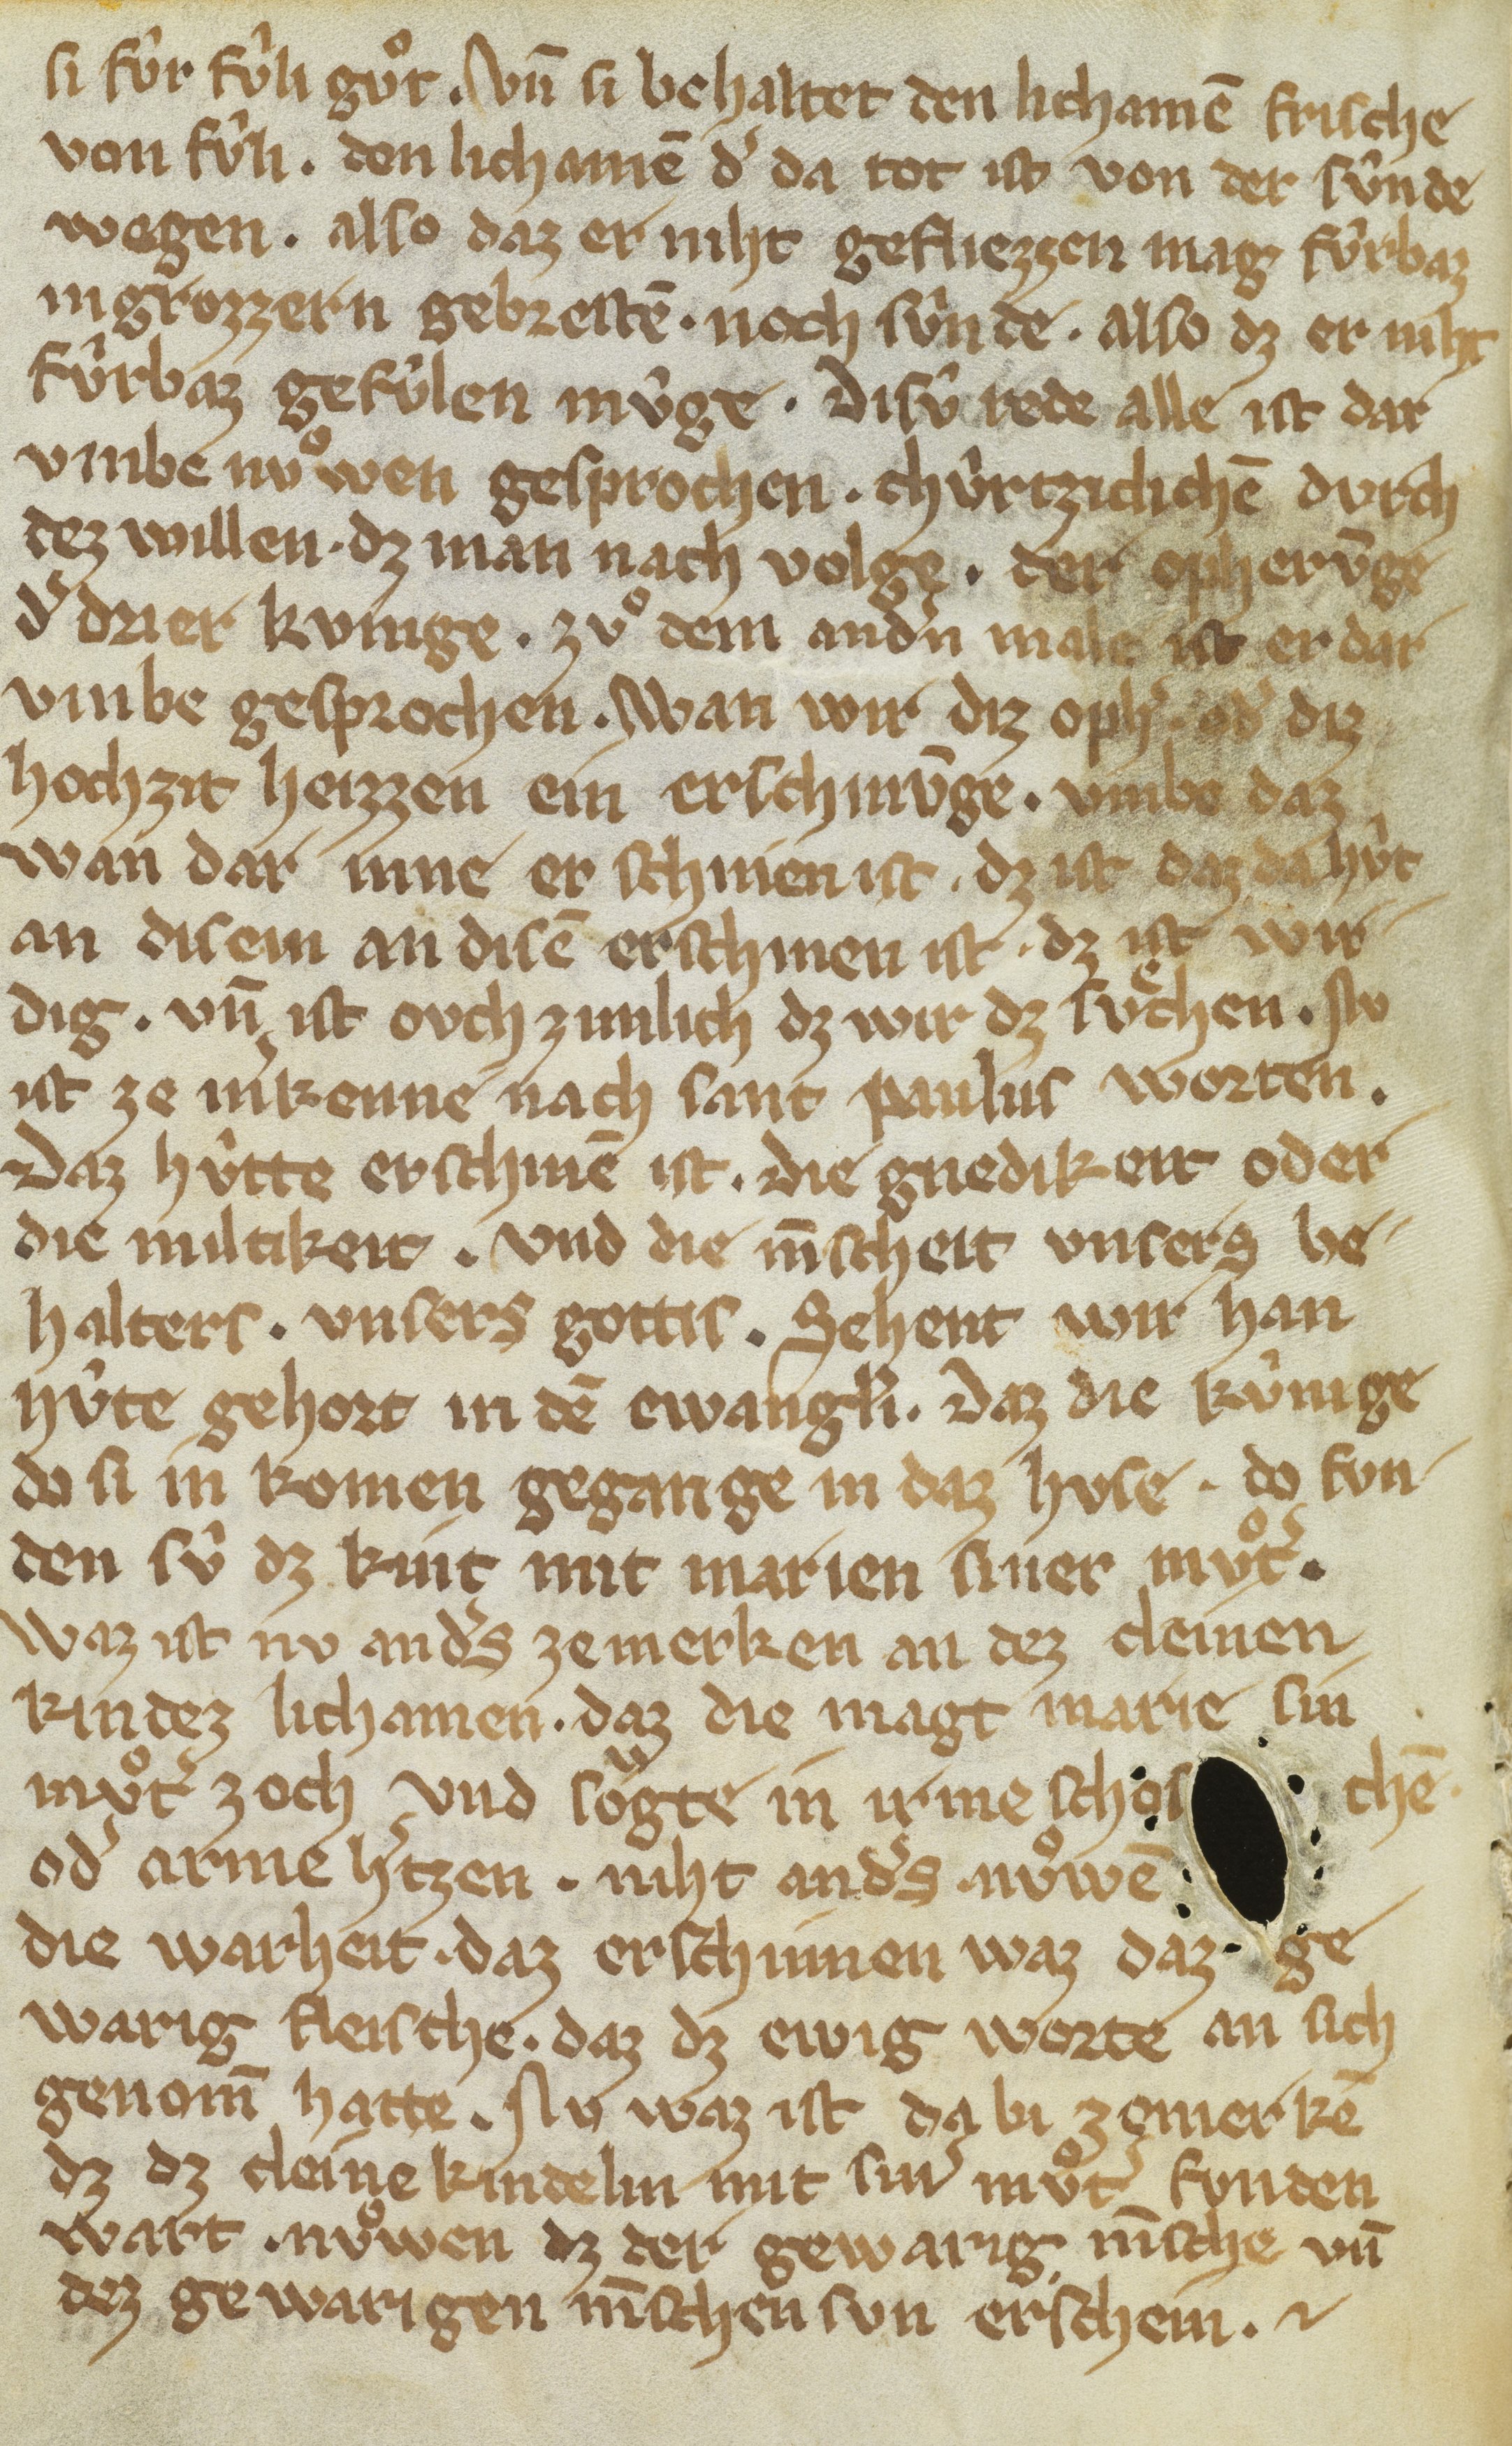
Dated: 1300–1399